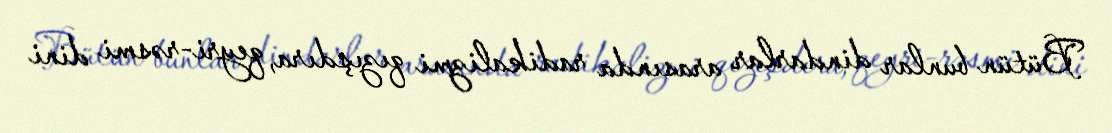
Bütün bunlar dindarlar arasında radikalizmi qızışdıra, qeyri-rəsmi dini